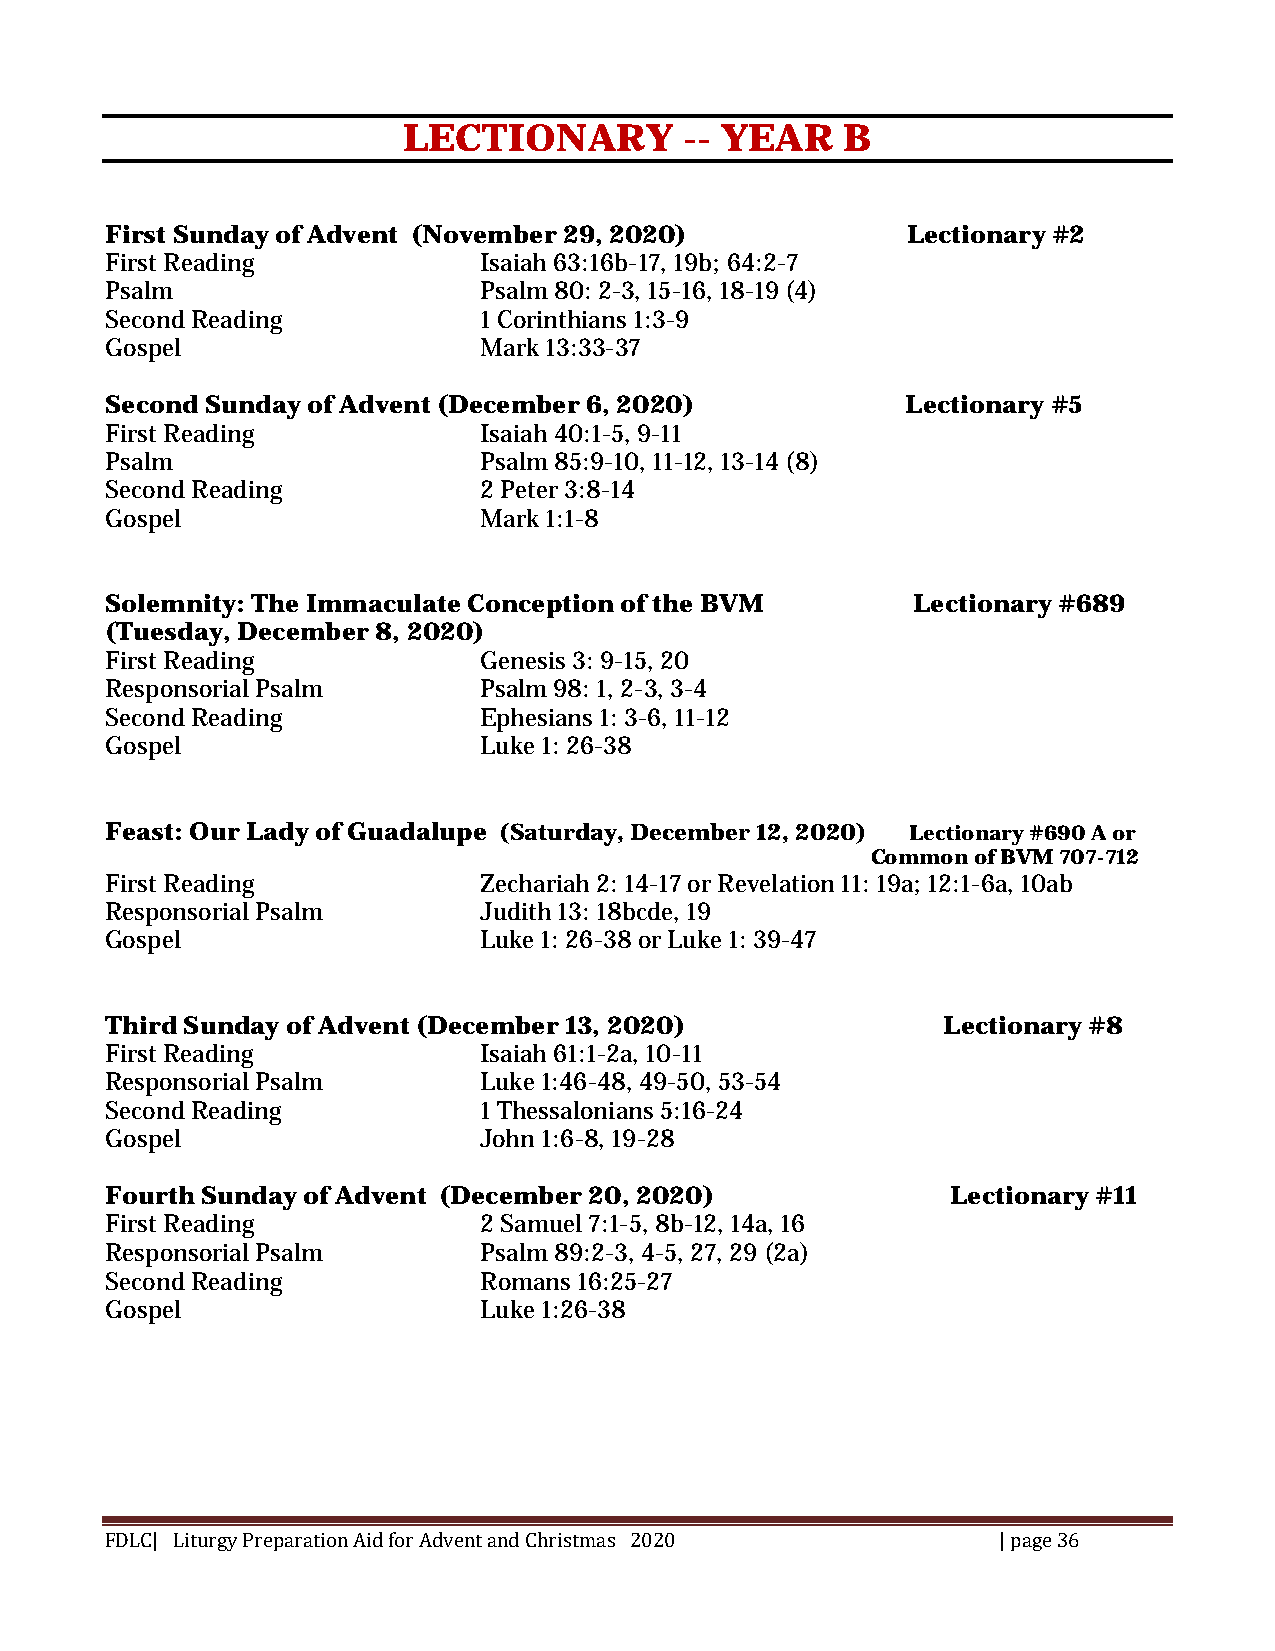
LECTIONARY        -- YEAR    B
 First Sunday of Advent (November 29, 2020)           Lectionary #2
 First Reading            Isaiah 63:16b-17, 19b; 64:2-7
 Psalm                    Psalm 80: 2-3, 15-16, 18-19 (4)
 Second Reading           1 Corinthians 1:3-9
 Gospel                   Mark 13:33-37
 Second Sunday of Advent (December 6, 2020)           Lectionary #5
 First Reading            Isaiah 40:1-5, 9-11
 Psalm                    Psalm 85:9-10, 11-12, 13-14 (8)
 Second Reading           2 Peter 3:8-14
 Gospel                   Mark 1:1-8
 Solemnity: The Immaculate Conception of the BVM      Lectionary #689
 (Tuesday, December 8, 2020)
 First Reading            Genesis 3: 9-15, 20
 Responsorial Psalm       Psalm 98: 1, 2-3, 3-4
 Second Reading           Ephesians 1: 3-6, 11-12
 Gospel                   Luke 1: 26-38
 Feast: Our Lady of Guadalupe (Saturday, December 12, 2020) Lectionary #690 A or
 Common of BVM 707-712
 First Reading            Zechariah 2: 14-17 or Revelation 11: 19a; 12:1-6a, 10ab
 Responsorial Psalm       Judith 13: 18bcde, 19
 Gospel                   Luke 1: 26-38 or Luke 1: 39-47
 Third Sunday of Advent (December 13, 2020)             Lectionary #8
 First Reading            Isaiah 61:1-2a, 10-11
 Responsorial Psalm       Luke 1:46-48, 49-50, 53-54
 Second Reading           1 Thessalonians 5:16-24
 Gospel                   John 1:6-8, 19-28
 Fourth Sunday of Advent (December 20, 2020)             Lectionary #11
 First Reading            2 Samuel 7:1-5, 8b-12, 14a, 16
 Responsorial Psalm       Psalm 89:2-3, 4-5, 27, 29 (2a)
 Second Reading           Romans 16:25-27
 Gospel                   Luke 1:26-38
 FDLC| Liturgy Preparation Aid for Advent and Christmas 2020 | page 36